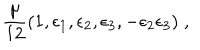
LaTeX: { \frac { \mu } { 1 2 } } ( 1 , \epsilon _ { 1 } , \epsilon _ { 2 } , \epsilon _ { 3 } , - \epsilon _ { 2 } \epsilon _ { 3 } ) \; ,